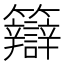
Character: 䉸